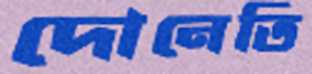
দোনেতি